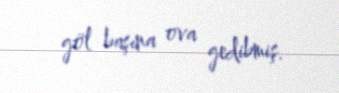
göl başına ova gedibmiş.